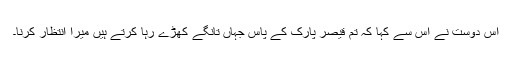
اس دوست نے اس سے کہا کہ تم قیصر پارک کے پاس جہاں تانگے کھڑے رہا کرتے ہیں میرا انتظار کرنا۔